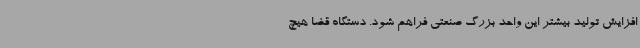
افزایش تولید بیشتر این واحد بزرگ صنعتی فراهم شود. دستگاه قضا هیچ